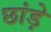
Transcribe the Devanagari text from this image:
छांड़े